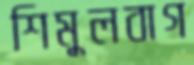
শিমুলবাগ